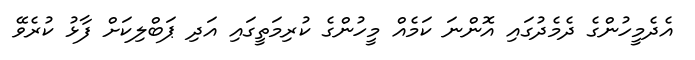
އެދެމީހުންގެ ދެމެދުގައި އޮންނަ ކަމެއް މީހުންގެ ކުރިމަތީގައި އަދި ޕަބްލިކަށް ފާޅު ކުރެވޭ